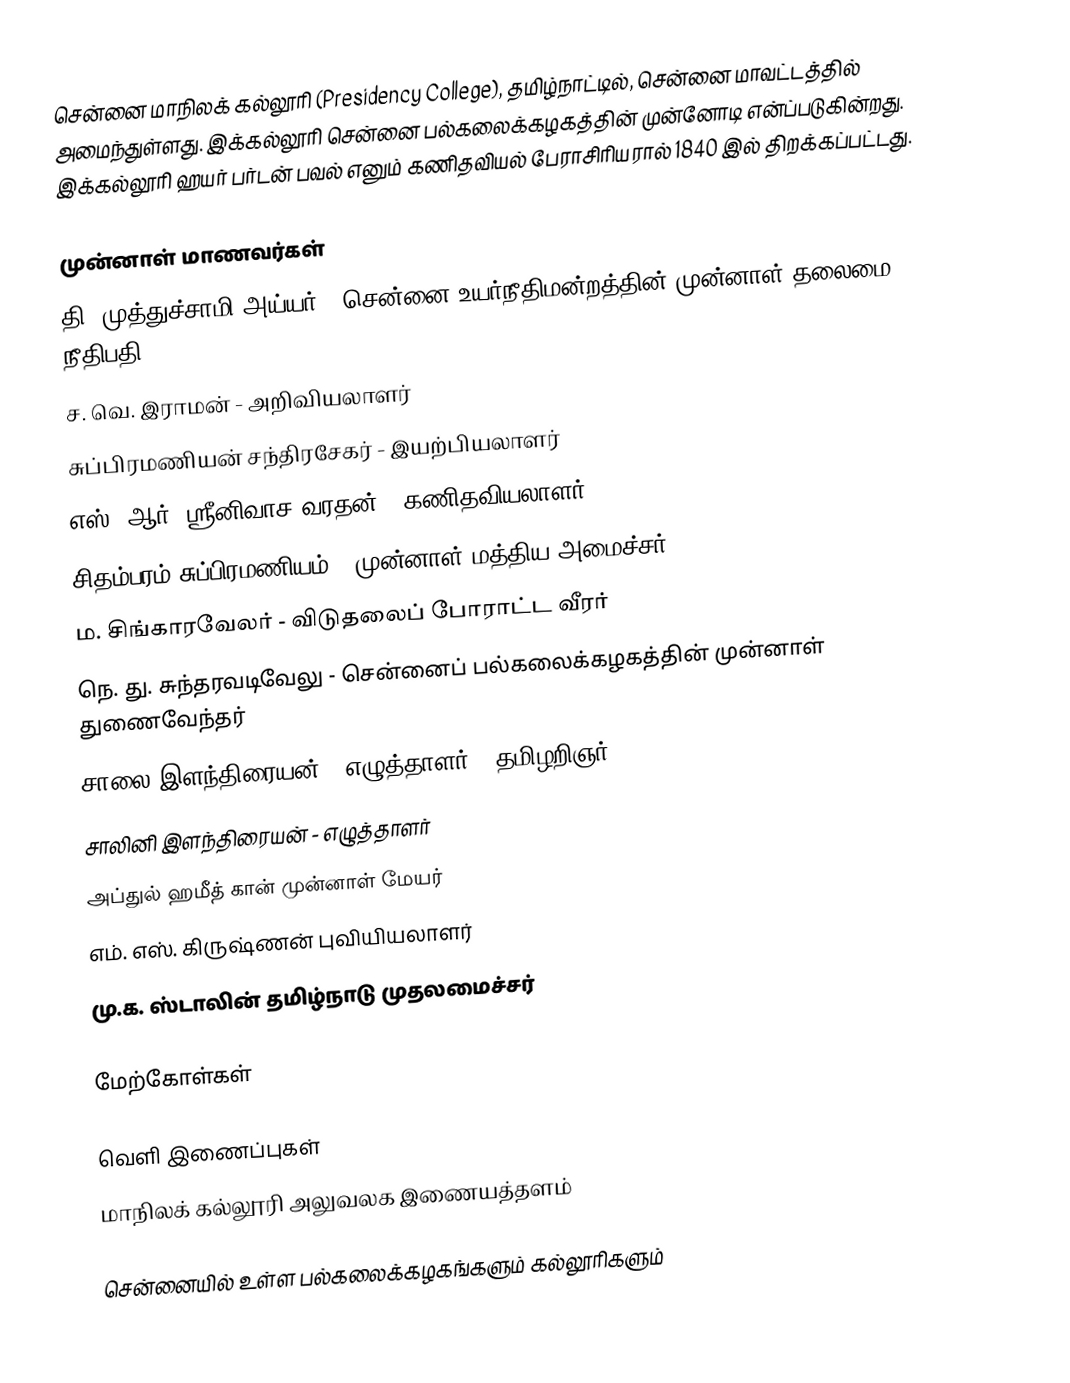
சென்னை மாநிலக் கல்லூரி (Presidency College), தமிழ்நாட்டில், சென்னை மாவட்டத்தில் அமைந்துள்ளது. இக்கல்லூரி சென்னை பல்கலைக்கழகத்தின் முன்னோடி என்ப்படுகின்றது. இக்கல்லூரி ஹயர் பர்டன் பவல் எனும் கணிதவியல் பேராசிரியரால் 1840 இல் திறக்கப்பட்டது.

முன்னாள் மாணவர்கள்
 தி. முத்துச்சாமி அய்யர் - சென்னை உயர்நீதிமன்றத்தின் முன்னாள் தலைமை நீதிபதி
 ச. வெ. இராமன் - அறிவியலாளர்
 சுப்பிரமணியன் சந்திரசேகர் - இயற்பியலாளர்
 எஸ். ஆர். ஸ்ரீனிவாச வரதன் - கணிதவியலாளர்
 சிதம்பரம் சுப்பிரமணியம் - முன்னாள் மத்திய அமைச்சர்
 ம. சிங்காரவேலர் -  விடுதலைப் போராட்ட வீரர்
 நெ. து. சுந்தரவடிவேலு - சென்னைப் பல்கலைக்கழகத்தின் முன்னாள் துணைவேந்தர்
 சாலை இளந்திரையன் - எழுத்தாளர் - தமிழறிஞர்
 சாலினி இளந்திரையன் - எழுத்தாளர்
 அப்துல் ஹமீத் கான் முன்னாள் மேயர்
 எம். எஸ். கிருஷ்ணன் புவியியலாளர்
 மு.க. ஸ்டாலின் தமிழ்நாடு முதலமைச்சர்

மேற்கோள்கள்

வெளி இணைப்புகள்
 மாநிலக் கல்லூரி அலுவலக இணையத்தளம்

சென்னையில் உள்ள பல்கலைக்கழகங்களும் கல்லூரிகளும்